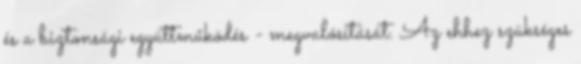
és a biztonsági együttműködés - megvalósítását. Az ehhez szükséges